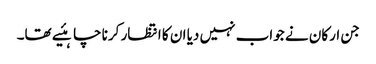
جن ارکان نے جواب نہیں دیا ان کا انتظار کرنا چاہئیے تھا۔